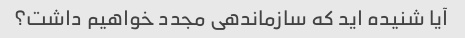
آیا شنیده اید که سازماندهی مجدد خواهیم داشت؟